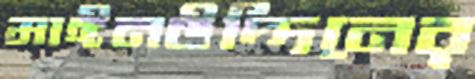
মাঈনউদ্দিনের